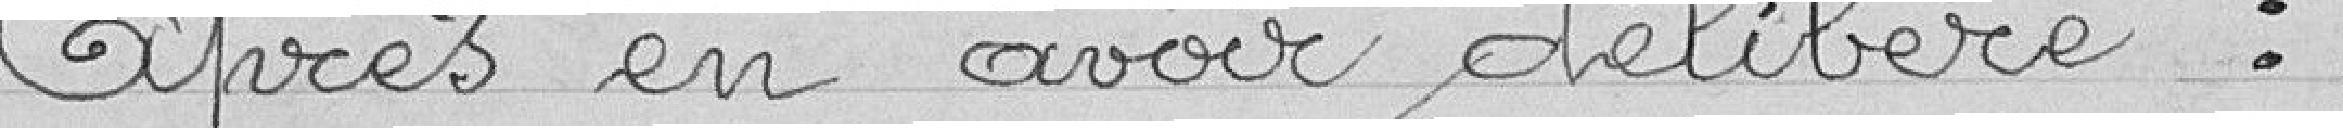
Après en avoir délibéré.